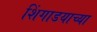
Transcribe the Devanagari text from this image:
शिंगाडयाच्या